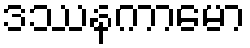
ဒဿနကာမော